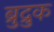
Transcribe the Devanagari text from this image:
ब्रुद्रुक